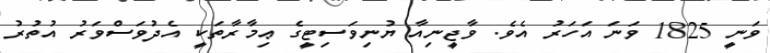
ވަނީ 1825 ވަނަ އަހަރު އެވެ. ވާޖީނިއާ ޔުނިވަސިޓީގެ ޢިމާރާތަކީ އެދުވަސްވަރު އުތުރު